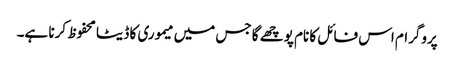
پروگرام اس فائل کا نام پوچھے گا جس میں میموری کا ڈیٹا محفوظ کرنا ہے۔